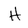
Character: H